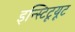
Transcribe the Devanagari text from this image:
इन्स्टिटूयूट